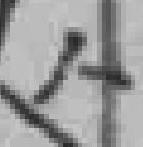
人